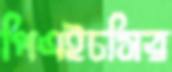
পিএইচসির